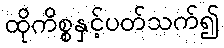
ထိုကိစ္စနှင့်ပတ်သက်၍